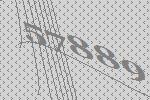
57889